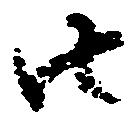
由